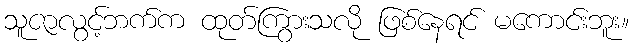
သူဇာလွင့်ဘက်က ထုတ်ကြွားသလို ဖြစ်နေရင် မကောင်းဘူး။